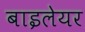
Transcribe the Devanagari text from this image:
बाइलेयर